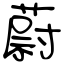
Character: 蔚